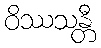
ဝိဿသန္တီ